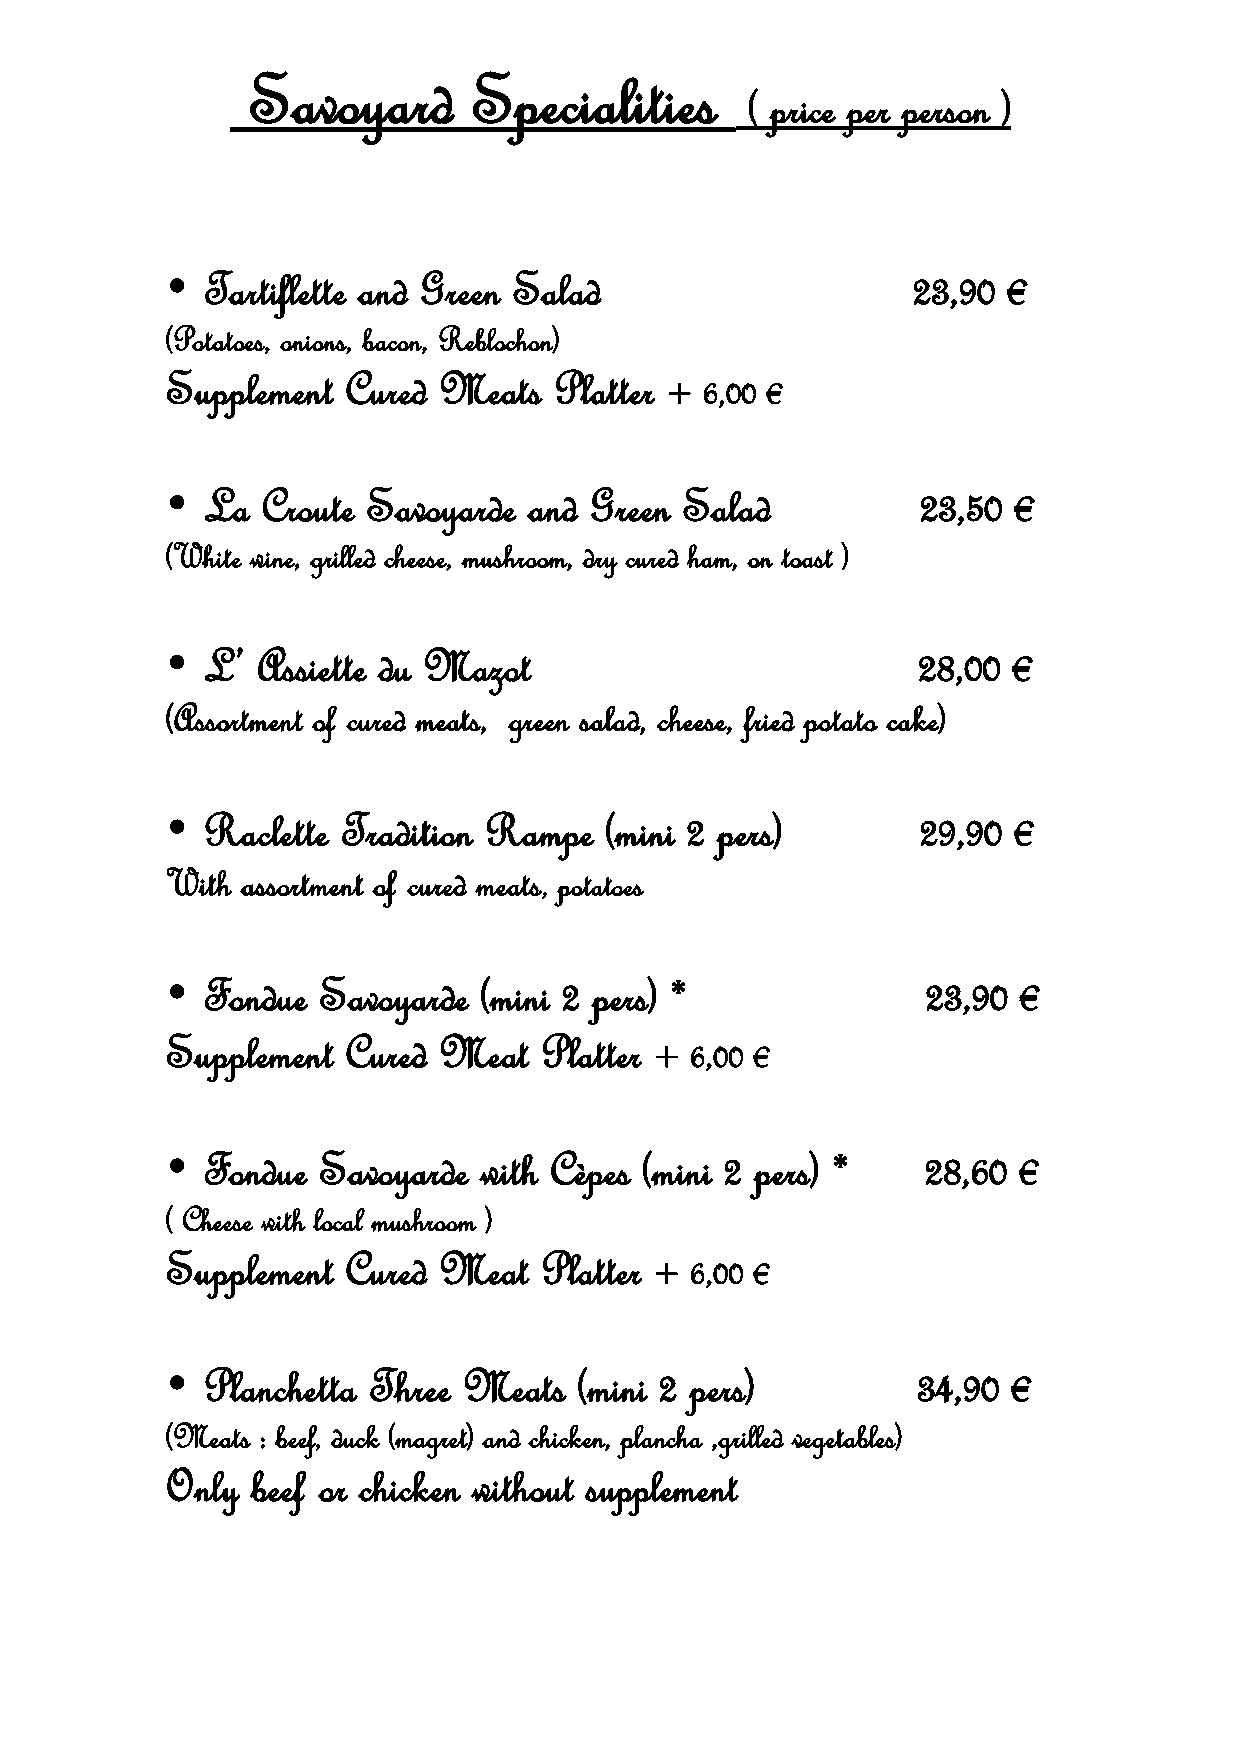
Savoyard       Specialities
 ( price per person )
  Tartiflette and Green Salad                    23,90  €
 (Potatoes, onions, bacon, Reblochon)
 Supplement  Cured Meats   Platter + 6,00 €
  La  Croute Savoyarde  and Green Salad           23,50 €
 (White wine, grilled cheese, mushroom, dry cured ham, on toast )
  L’  Assiette du Mazot                           28,00 €
 (Assortment of cured meats, green salad, cheese, fried potato cake)
  Raclette  Tradition Rampe  (mini 2 pers)        29,90 €
 With assortment of cured meats, potatoes
  Fondue  Savoyarde  (mini 2 pers) *              23,90  €
 Supplement  Cured Meat   Platter + 6,00 €
  Fondue  Savoyarde  with Cèpes (mini 2 pers) *   28,60 €
 ( Cheese with local mushroom )
 Supplement  Cured Meat   Platter + 6,00 €
  Planchetta Three  Meats  (mini 2 pers)          34,90 €
 (Meats : beef, duck (magret) and chicken, plancha ,grilled vegetables)
 Only  beef or chicken without supplement